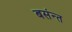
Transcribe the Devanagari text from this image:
बसंन्त